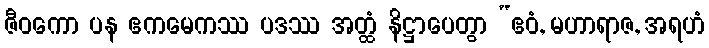
ဇီဝကော ပန ဧကမေကဿ ပဒဿ အတ္ထံ နိဋ္ဌာပေတွာ “ဧဝံ, မဟာရာဇ, အရဟံ